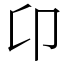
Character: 卬